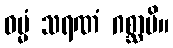
ဓမ္မံ သရဏံ ဂစ္ဆာမိ။